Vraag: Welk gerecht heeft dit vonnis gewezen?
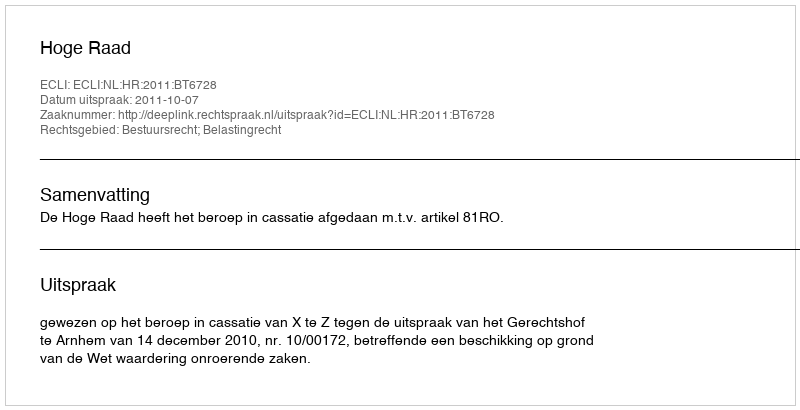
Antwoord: Hoge Raad